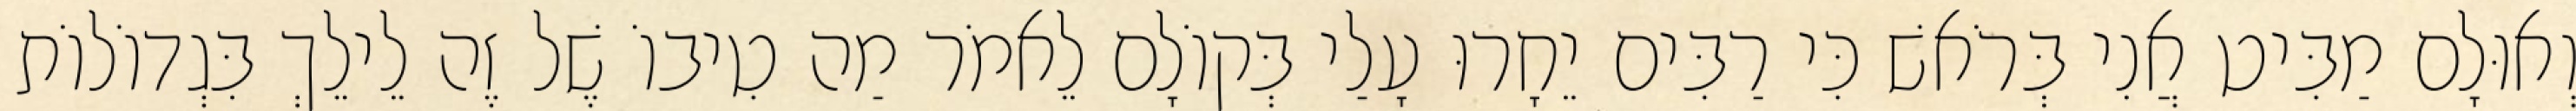
וְאוּלָם מַבִּיט אֲנִי בְּרֹאשׁ כִּי רַבִּים יֵחָרוּ עָלַי בְּקוֹלָם לֵאמֹר מַה טִיבוֹ שֶׁל זֶה לֵילֵךְ בִּגְדוֹלוֹת